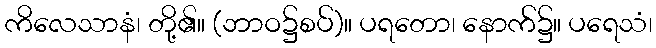
ကိလေသာနံ၊ တို့၏။ (ဘာဝ၌စပ်)။ ပရတော၊ နောက်၌။ ပရေသံ၊